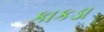
કાકડા